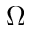
\Omega